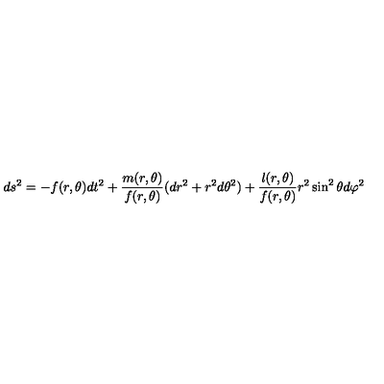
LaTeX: d s ^ { 2 } = - f ( r , \theta ) d t ^ { 2 } + \frac { m ( r , \theta ) } { f ( r , \theta ) } ( d r ^ { 2 } + r ^ { 2 } d \theta ^ { 2 } ) + \frac { l ( r , \theta ) } { f ( r , \theta ) } r ^ { 2 } \sin ^ { 2 } \theta d \varphi ^ { 2 }